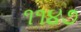
૧૧૪૭